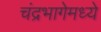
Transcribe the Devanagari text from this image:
चंद्रभागेमध्ये